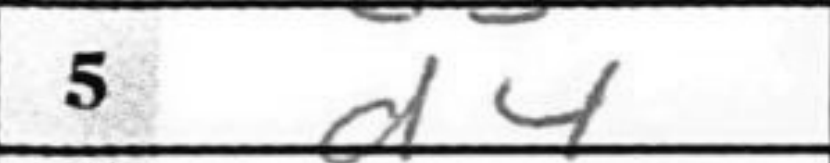
Transcription: d4